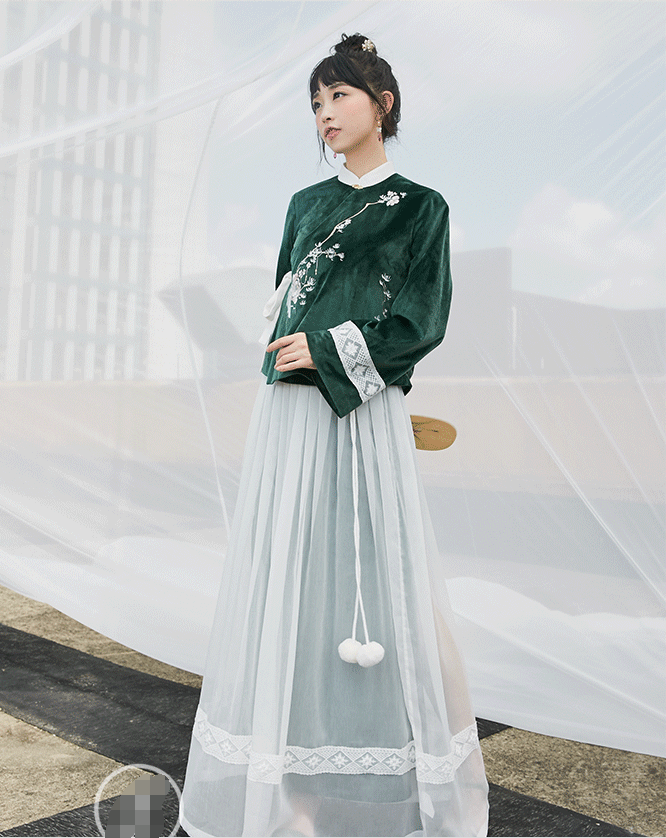
恨入空帷鸾影独，泪凝双脸渚莲光，薄情年少悔思量。